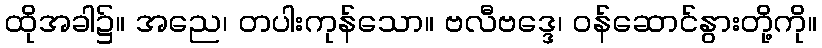
ထိုအခါ၌။ အညေ၊ တပါးကုန်သော။ ဗလီဗဒ္ဒေ၊ ဝန်ဆောင်နွားတို့ကို။